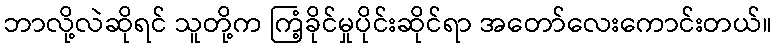
ဘာလို့လဲဆိုရင် သူတို့က ကြံ့ခိုင်မှုပိုင်းဆိုင်ရာ အတော်လေးကောင်းတယ်။